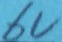
Text: 6V